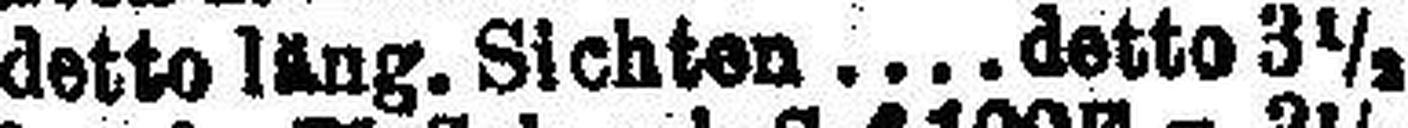
detto läng. Sichten detto 3½